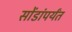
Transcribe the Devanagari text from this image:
सोंडांपर्यंत